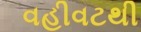
વહીવટથી